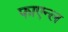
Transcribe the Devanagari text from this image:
फाएन्ल